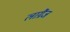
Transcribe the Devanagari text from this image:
लाग्रैंज